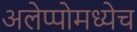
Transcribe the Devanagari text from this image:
अलेप्पोमध्येच